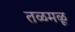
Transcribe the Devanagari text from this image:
तळमळू